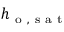
h _ { \mathrm { ~ o ~ , ~ s ~ a ~ t ~ } }